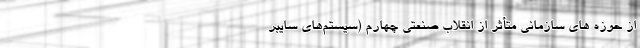
از حوزه های سازمانی متأثر از انقلاب صنعتی چهارم (سیستم‌های سایبر